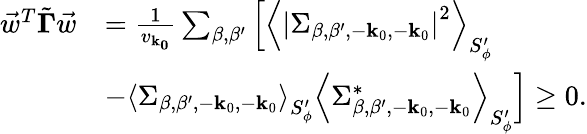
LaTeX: \begin{array}{rl}{\vec{w}^{T}\tilde{\mathbf{\Gamma}}\vec{w}}&{=\frac{1}{v_{\mathbf{k_{0}}}}\sum_{\beta,\beta^{\prime}}\Big[\left<\left|\Sigma_{\beta,\beta^{\prime},-{\mathbf{k}_{0}},-{\mathbf{k}_{0}}}\right|^{2}\right>_{S_{\phi}^{\prime}}}\\ &{-\left<\Sigma_{\beta,\beta^{\prime},-{\mathbf{k}_{0}},-{\mathbf{k}_{0}}}\right>_{S_{\phi}^{\prime}}\left<\Sigma_{\beta,\beta^{\prime},-{\mathbf{k}_{0}},-{\mathbf{k}_{0}}}^{*}\right>_{S_{\phi}^{\prime}}\Big]\geq 0.}\end{array}